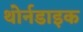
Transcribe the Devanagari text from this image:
थोर्नडाइक